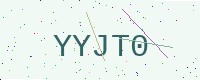
Text: YYJT0